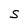
Character: S